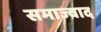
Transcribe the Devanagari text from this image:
समाज्वाद